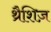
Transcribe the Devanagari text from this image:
थ्रैशिज़